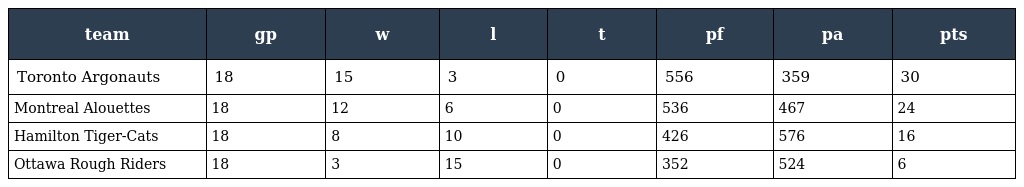
| team | gp | w | l | t | pf | pa | pts |
 | --- | --- | --- | --- | --- | --- | --- | --- |
 | Toronto Argonauts | 18 | 15 | 3 | 0 | 556 | 359 | 30 |
 | Montreal Alouettes | 18 | 12 | 6 | 0 | 536 | 467 | 24 |
 | Hamilton Tiger-Cats | 18 | 8 | 10 | 0 | 426 | 576 | 16 |
 | Ottawa Rough Riders | 18 | 3 | 15 | 0 | 352 | 524 | 6 |